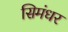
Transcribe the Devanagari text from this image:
सिमंधर